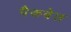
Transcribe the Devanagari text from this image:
पैकबेल